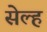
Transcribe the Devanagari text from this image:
सेल्‍ह